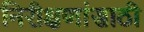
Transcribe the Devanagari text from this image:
निरीक्षणांसाठी